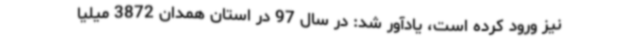
نیز ورود کرده است، یادآور شد: در سال 97 در استان همدان 3872 میلیا